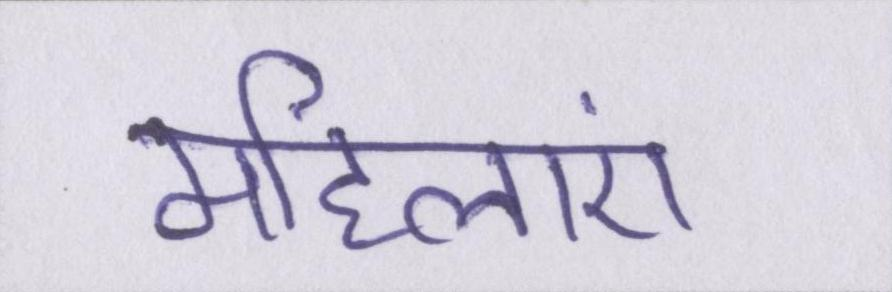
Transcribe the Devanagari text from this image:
महिलाएं